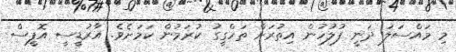
މި މައްސަލަ ދަނީ ފުލުހުން އިތުރަށް ތަހްގީގު ކުރަމުން ކަމަށެވެ. އާރުޑީސީ އޮފީސް